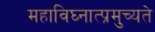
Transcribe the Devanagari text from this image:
महाविघ्नात्प्रमुच्यते